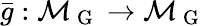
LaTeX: \bar{g}:\mathcal{M}_{\mathrm{~G~}}\to\mathcal{M}_{\mathrm{~G~}}